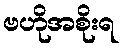
ဗဟိုအစိုးရ